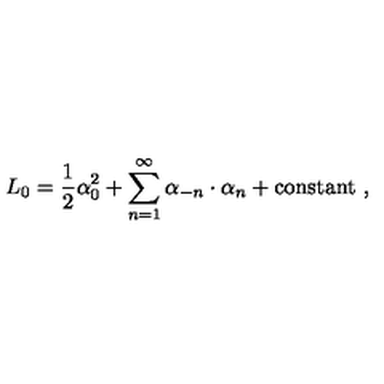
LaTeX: L _ { 0 } = { \frac { 1 } { 2 } } \alpha _ { 0 } ^ { 2 } + \sum _ { n = 1 } ^ { \infty } \alpha _ { - n } \cdot \alpha _ { n } + \mathrm { c o n s t a n t } \ ,